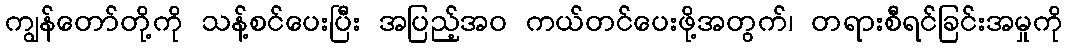
ကျွန်တော်တို့ကို သန့်စင်ပေးပြီး အပြည့်အဝ ကယ်တင်ပေးဖို့အတွက်၊ တရားစီရင်ခြင်းအမှုကို